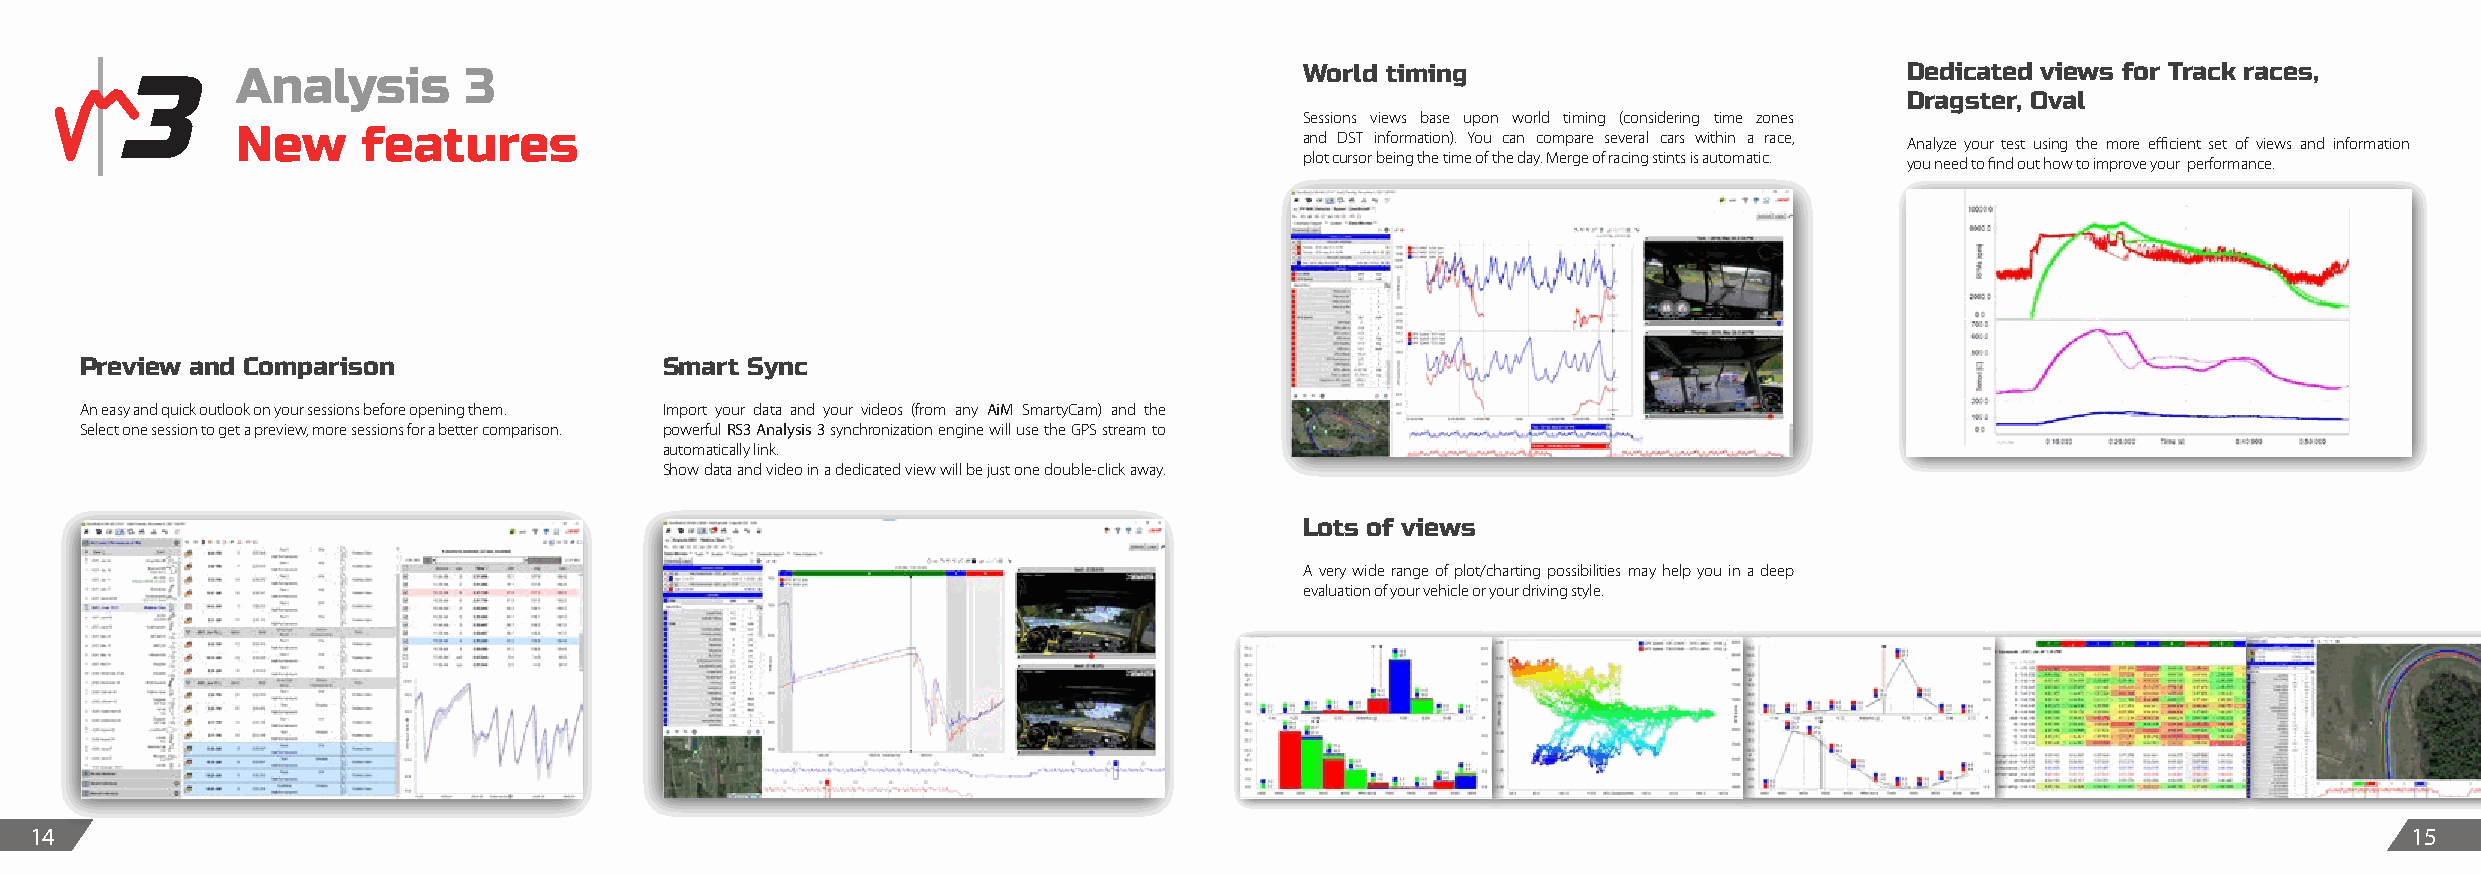
Analysis       3                                                      World timing                            Dedicated views for Track races,
 Dragster, Oval
 Sessions views base upon world timing (considering time zones
 New     features                                                      and DST information). You can compare several cars within a race,
 Analyze your test using the more efficient set of views and information
 plot cursor being the time of the day. Merge of racing stints is automatic.
 you need to find out how to improve your performance.
 Preview and Comparison                 Smart Sync
 An easy and quick outlook on your sessions before opening them. Import your data and your videos (from any AiM SmartyCam) and the
 Select one session to get a preview, more sessions for a better comparison. powerful RS3 Analysis 3 synchronization engine will use the GPS stream to
 automatically link.
 Show data and video in a dedicated view will be just one double-click away.
 Lots of views
 A very wide range of plot/charting possibilities may help you in a deep
 evaluation of your vehicle or your driving style.
 14                                                                                                                                                            15